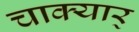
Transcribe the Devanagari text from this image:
चाक्यार्